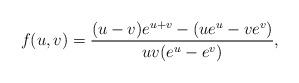
LaTeX: \begin{align*}f(u,v) = {(u-v)e^{u+v}-(ue^u-ve^v)\over u v (e^u - e^v)},\end{align*}